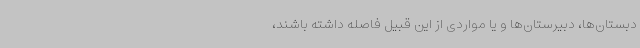
دبستان‌ها، دبیرستان‌ها و یا مواردی از این قبیل فاصله داشته باشند،